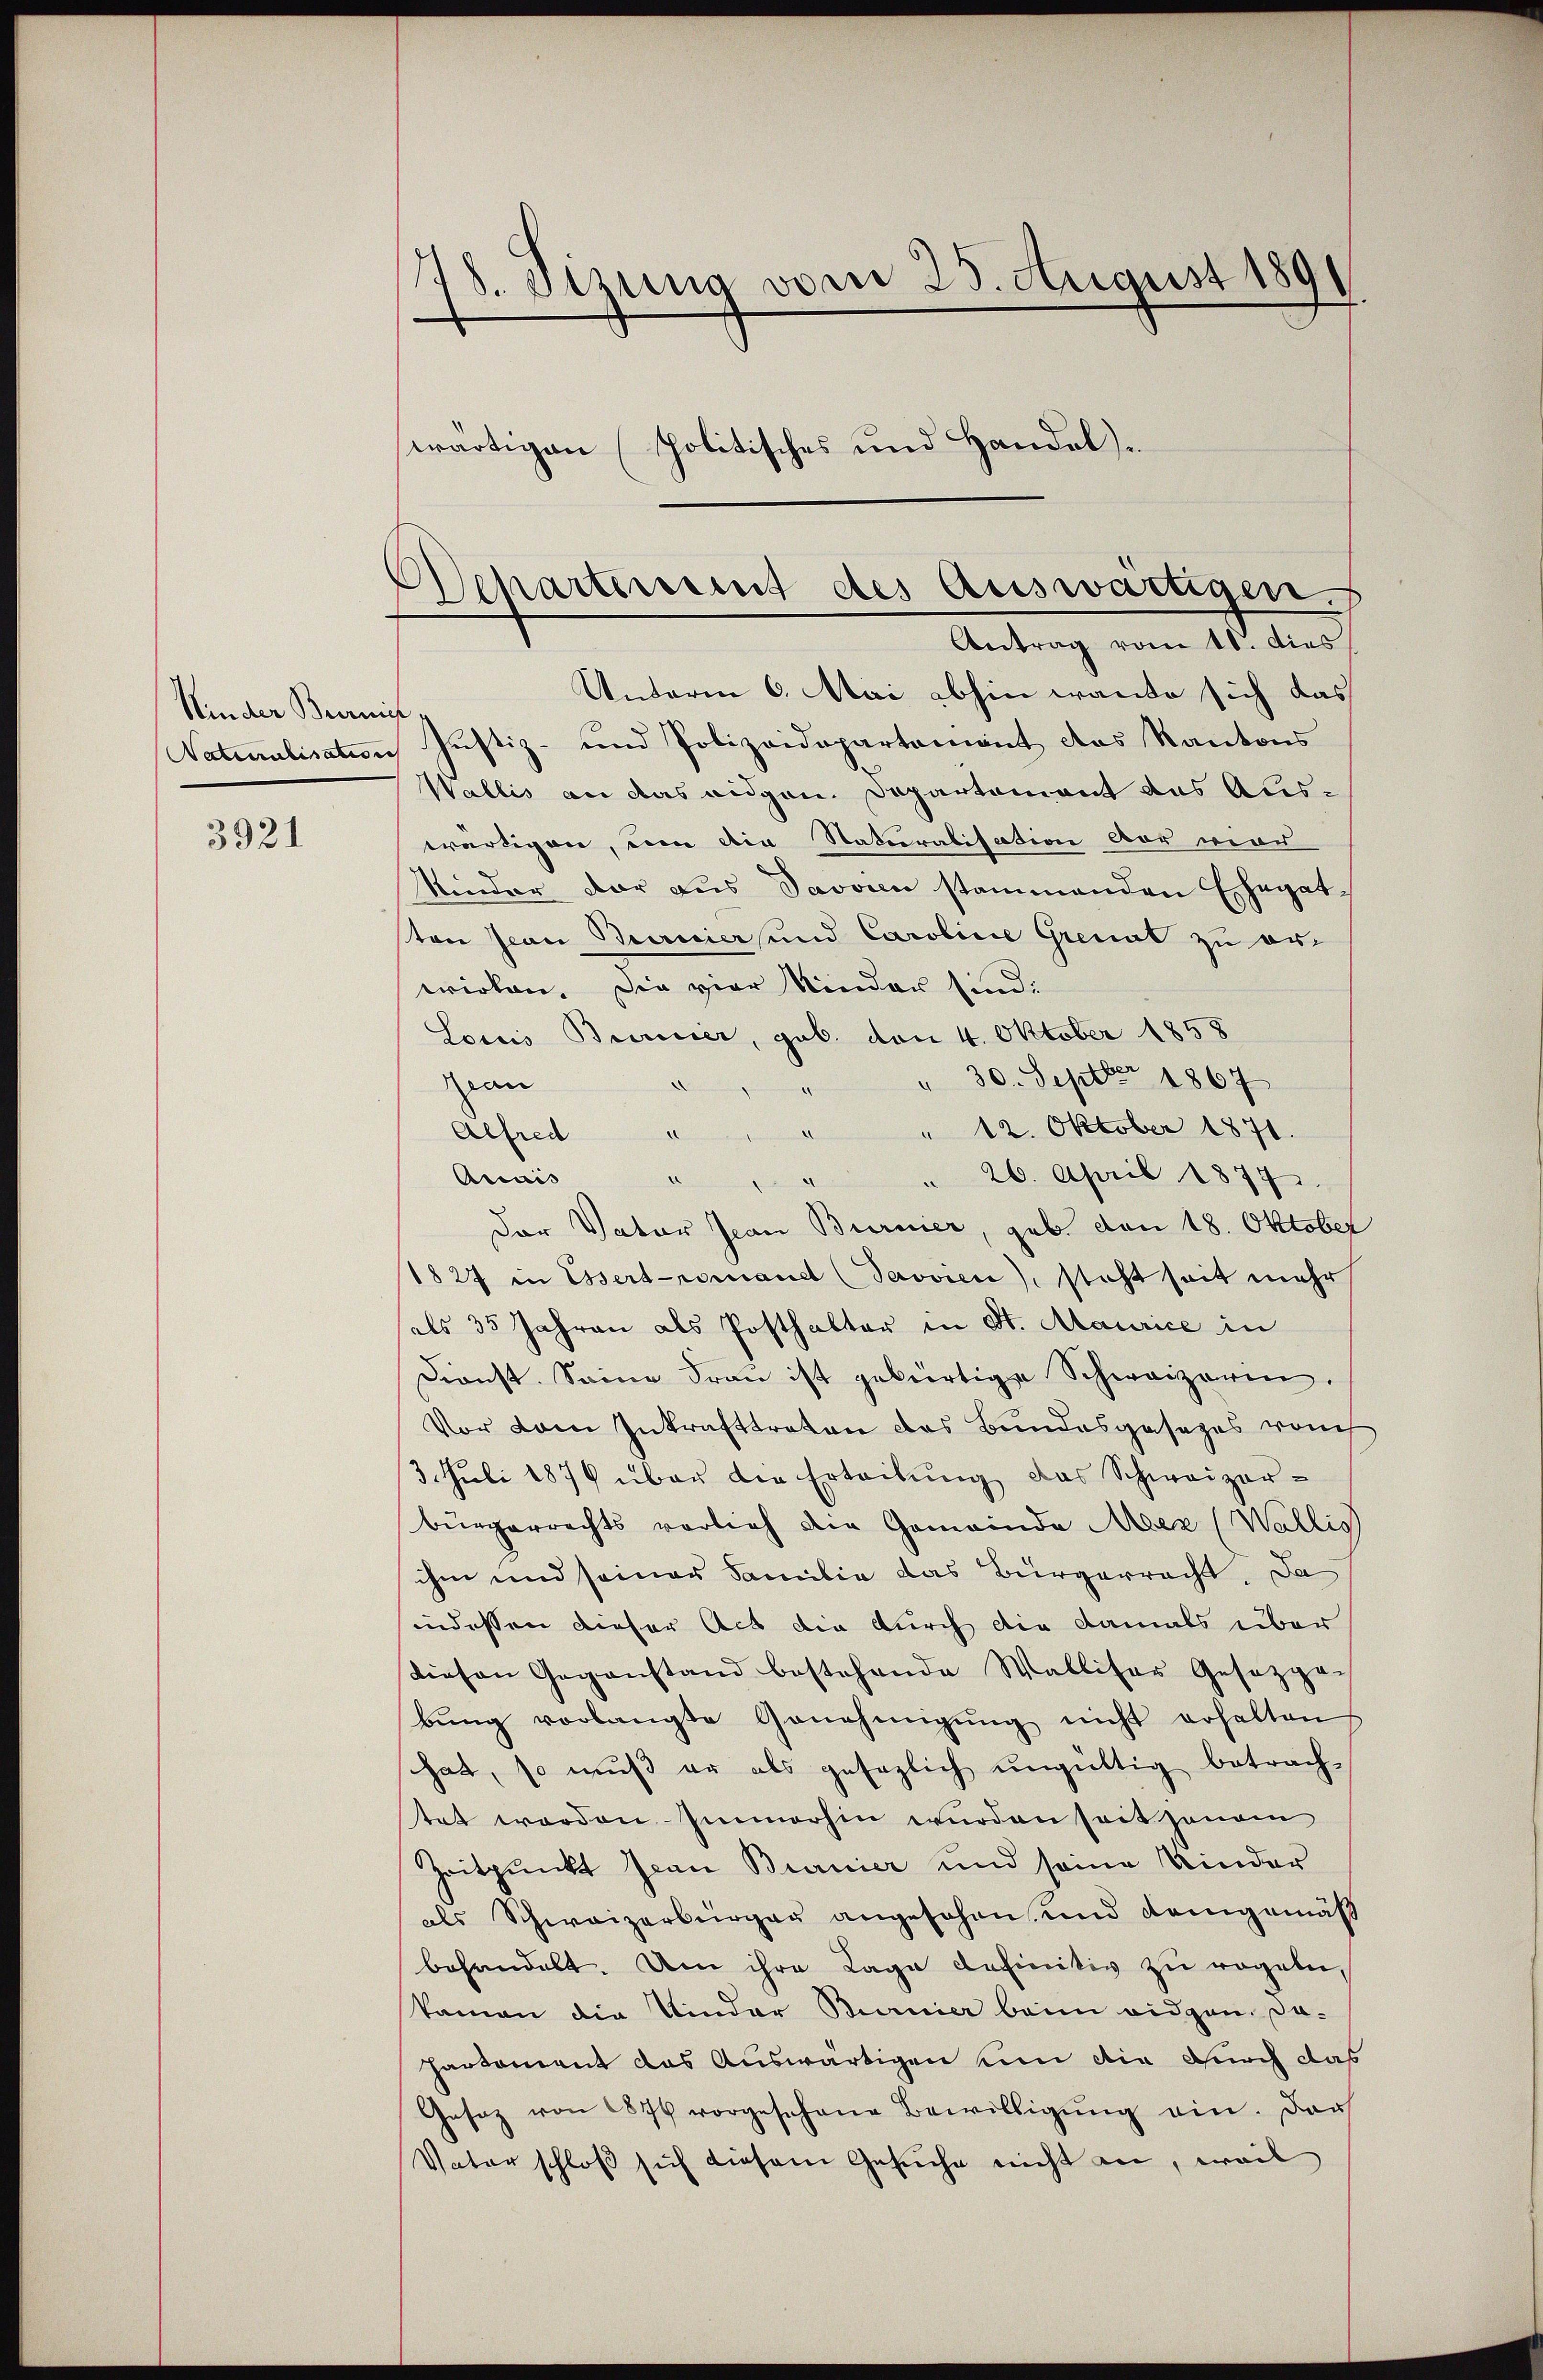
Hinder Bronis
3921

78. Sizung vom 25. August 189
wärtigen politisches und Handel.

Unterm 6. Mai abhin wante sich das
Vatialisation Justiz- und Polizeidepartement das Kantons
Wallis an das eidgen. Departement das Auswärtigen, um die Naturalisation vor vier
Kinder vor aus Javvien stammenden Ehegatton Jean Berniers und Caroline Grenat zu erwirken. Die vier Kinder sind:
Loris Bericier, geb. von 4. Oktober 1858
" 30. Septbr 1867
ran
.
" 12. Oktober 1871.
herungen
Alfred
Arais
" " 26. April 1877.
d
Der Vater Jean Burnier, geb. den 18. Oktober
1827 in Essert-romand (Savvien), steht seit mehr
als 35 Jahren als Posthalter in St. Maurice in
Dienst. Seine Frau ist gebürtige Schweizerin.
Vor dem Inkrafttreten des Bundesgesezes vom
3. Juli 1879 über die Erteibung das Schweizerbürgerrechts vorlieh die Gemeinde Meer (Wallis
ihm und seiner Familie das Bürgerracht. Da
indessen dieser Act die durch die damals über
Diesen Gegenstand bestehende Wallifer Gesetzge-
bŭng vorlangte Genehmigŭng nicht erhalten
hat, so muß er als gesezlich ungültig betrach-
tet worden. Immerhin wurden seit jenen
Zeitpunkt Jean Burnier und seine Kinder
als Schweizerbürger angesehen, und demgemäß
behandelt. Um ihre Lage definitiv zu regeln,
kamen die Vinder Burnier beim eidgen. Da-
partament das Auswärtigen um die durch das
Gesaz von 1876 vorgesehene Bewilligŭng ein. Dar
Vater schloß sich diesem Gesuche nicht an, weil

Departement des Auswärtigen.
Antrag vom 10. dies